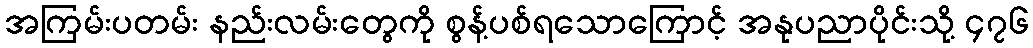
အကြမ်းပတမ်း နည်းလမ်းတွေကို စွန့်ပစ်ရသောကြောင့် အနုပညာပိုင်းသို့ ၄၇၆